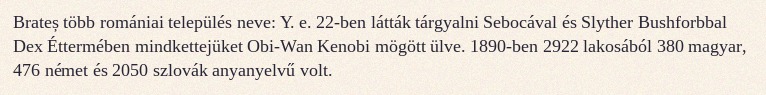
Brateș több romániai település neve: Y. e. 22-ben látták tárgyalni Sebocával és Slyther Bushforbbal Dex Éttermében mindkettejüket Obi-Wan Kenobi mögött ülve. 1890-ben 2922 lakosából 380 magyar, 476 német és 2050 szlovák anyanyelvű volt.